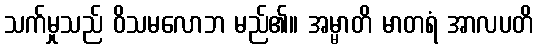
သက်မှုသည် ဝိသမလောဘ မည်၏။ အမ္မာတိ မာတရံ အာလပတိ